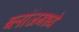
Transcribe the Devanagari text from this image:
ब्लॉजमध्ये